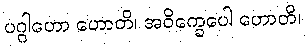
ပဂ္ဂါဟော ဟောတိ၊ အဝိက္ခေပေါ ဟောတိ၊